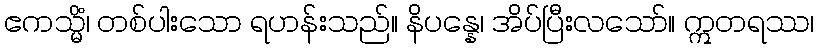
ဧကသ္မိံ၊ တစ်ပါးသော ရဟန်းသည်။ နိပန္နေ၊ အိပ်ပြီးလသော်။ ဣတရဿ၊